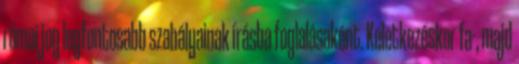
római jog legfontosabb szabályainak írásba foglalásaként. Keletkezéskor fa-, majd